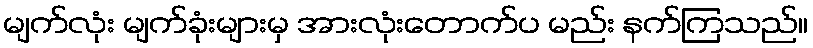
မျက်လုံး မျက်ခုံးများမှ အားလုံးတောက်ပ မည်း နက်ကြသည်။